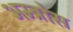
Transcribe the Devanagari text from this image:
अम्ब्रोस